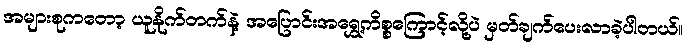
အများစုကတော့ ယူနိုက်တက်နဲ့ အပြောင်းအရွှေ့ကိစ္စကြောင့်လို့ပဲ မှတ်ချက်ပေးလာခဲ့ပါတယ်။